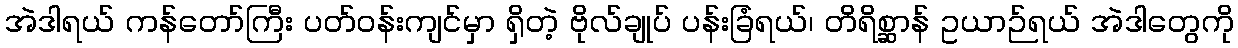
အဲဒါရယ် ကန်တော်ကြီး ပတ်ဝန်းကျင်မှာ ရှိတဲ့ ဗိုလ်ချုပ် ပန်းခြံရယ်၊ တိရိစ္ဆာန် ဥယာဉ်ရယ် အဲဒါတွေကို